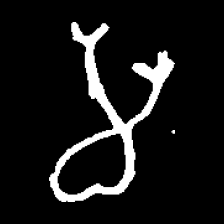
Pyu character \u2014 Myanmar letter: မ (romanized: ma)